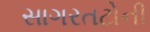
સાગરતટોની